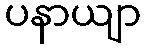
ပနာယျာ